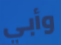
وأبي